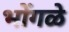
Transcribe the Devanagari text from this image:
भोंगळे